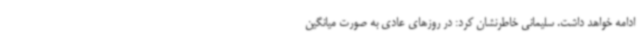
ادامه خواهد داشت. سلیمانی خاطرنشان کرد: در روزهای عادی به صورت میانگین